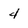
Character: 4